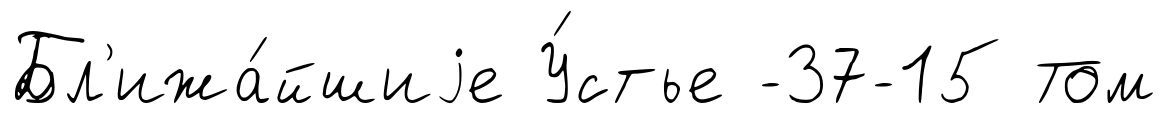
Бл'ижа́йшиjе У́стье -37-15 Том